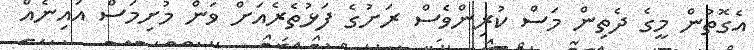
އެގޮތުން މީގެ ދެތިން މަސް ކުރިންވެސް ރަށުގެ ފަޅުތެރެއަށް ވަން މުށިމަސް އައިނެއް